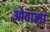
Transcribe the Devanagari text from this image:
ओवाला